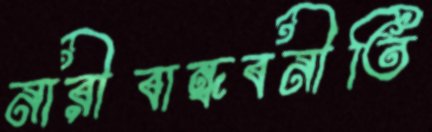
নারীবান্ধবনীতি